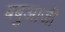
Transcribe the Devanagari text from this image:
बबुआजी